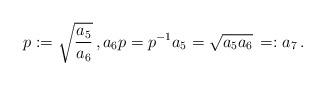
LaTeX: \begin{align*} p := \sqrt{\frac{a_5}{a_6}}\,, a_6 p = p^{-1} a_5 = \sqrt{a_5 a_6} \, =: a_7 \,.\end{align*}